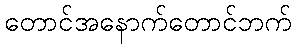
တောင်အနောက်တောင်ဘက်